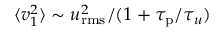
\langle v _ { 1 } ^ { 2 } \rangle \sim u _ { \mathrm { r m s } } ^ { 2 } / ( 1 + \tau _ { \mathrm { p } } / \tau _ { u } )